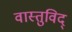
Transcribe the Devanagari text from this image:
वास्‍तुविद्